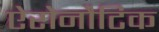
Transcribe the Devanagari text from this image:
ऐरोनौटिक